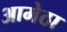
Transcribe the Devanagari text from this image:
आमेठा